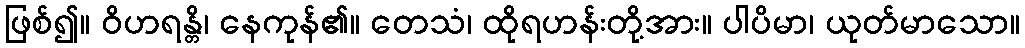
ဖြစ်၍။ ဝိဟရန္တိ၊ နေကုန်၏။ တေသံ၊ ထိုရဟန်းတို့အား။ ပါပိမာ၊ ယုတ်မာသော။